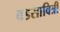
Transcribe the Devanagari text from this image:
वडसावित्री